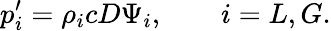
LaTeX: p_{i}^{\prime}=\rho_{i}cD\Psi_{i},\qquad i=L,G.